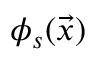
\phi _ { s } ( \vec { x } )